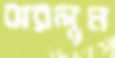
ঝরলুম